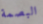
البصمة